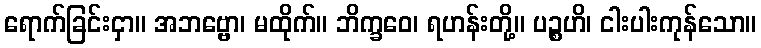
ရောက်ခြင်းငှာ။ အဘဗ္ဗော၊ မထိုက်။ ဘိက္ခဝေ၊ ရဟန်းတို့။ ပဉ္စဟိ၊ ငါးပါးကုန်သော။